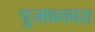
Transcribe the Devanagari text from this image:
पूजाप्रकाश